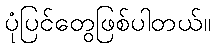
ပုံပြင်တွေဖြစ်ပါတယ်။